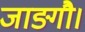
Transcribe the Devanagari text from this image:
जाङ्गौ।